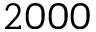
2 0 0 0